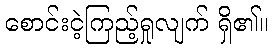
စောင်းငဲ့ကြည့်ရှုလျက် ရှိ၏။